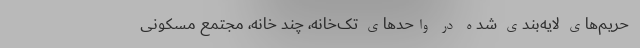
حریم‌های لایه‌بندی شده در واحدهای تک‌خانه، چند خانه، مجتمع مسکونی